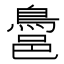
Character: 𪁨